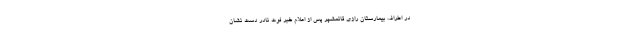
در اطراف بیمارستان رازی قائمشهر پس از اعلام خبر فوت نادر دست نشان